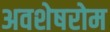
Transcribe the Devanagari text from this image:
अवशेषरोम